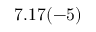
7 . 1 7 ( - 5 )